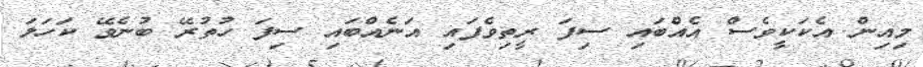
މިއިން އެކަކީވެސް އެއްބައި ސިފަ ރީތިވެފައި އަނެއްބައި ސިފަ ހުތުރޭ ބުނެވޭ ކަހަލަ